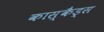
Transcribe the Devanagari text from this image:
कास्कैड्स